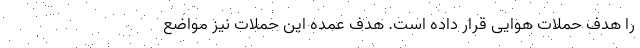
را ‌هدف حملات هوایی قرار داده‌ است. هدف عمده این حملات نیز مواضع